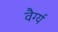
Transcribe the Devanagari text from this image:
वैर्ग्य